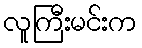
လူကြီးမင်းက